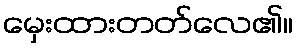
မှေးထားတတ်လေ၏။